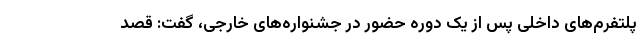
پلتفرم‌های داخلی پس از یک دوره حضور در جشنواره‌های خارجی، گفت:‌ قصد